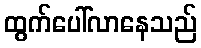
ထွက်ပေါ်လာနေသည်